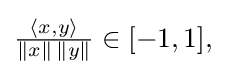
{\textstyle {\frac {\langle x,y\rangle }{\|x\|\,\|y\|}}\in [-1,1],}